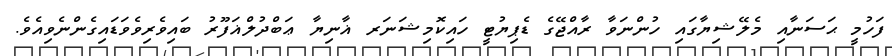
ފަހުމީ ޙަސަނާއި މެލޭޝިޔާގައި ހުންނަވާ ރާއްޖޭގެ ޑެޕިޔުޓީ ހައިކޮމިޝަނަރ ޣާނިޔާ ޢަބްދުލްޣަފޫރު ބައިވެރިވެވަޑައިގެންނެވިއެވެ.